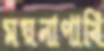
ময়নাপাখি